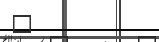
٧